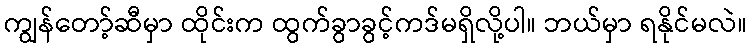
ကျွန်တော့်ဆီမှာ ထိုင်းက ထွက်ခွာခွင့်ကဒ်မရှိလို့ပါ။ ဘယ်မှာ ရနိုင်မလဲ။